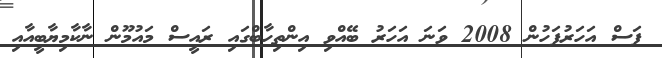
ފަސް އަހަރުފަހުން 2008 ވަނަ އަހަރު ބޭއްވި އިންތިހާބްގައި ރައީސް މައުމޫން ނާކާމިޔާބީއާއި